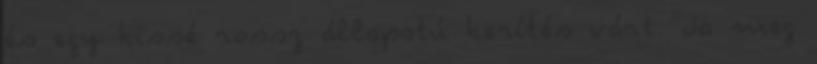
és egy kissé rossz állapotú kerítés várt. Ja meg